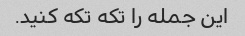
این جمله را تکه تکه کنید.